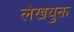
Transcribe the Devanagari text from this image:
लेखयुक्त